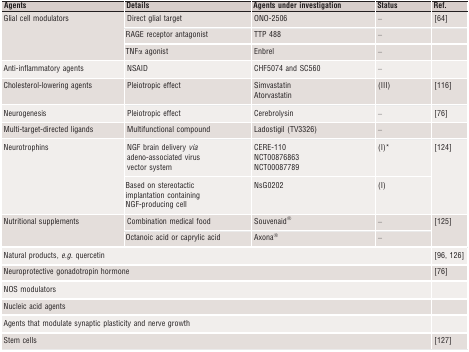
<table><thead><tr><td><b>Agents</b></td><td><b>Details</b></td><td><b>Agents under investigation</b></td><td><b>Status</b></td><td><b>Ref.</b></td></tr></thead><tbody><tr><td rowspan="3">Glial cell modulators</td><td>Direct glial target</td><td>ONO‐2506</td><td>–</td><td>64</td></tr><tr><td>RAGE receptor antagonist</td><td>TTP 488</td><td>–</td><td></td></tr><tr><td>TNFα agonist</td><td>Enbrel</td><td>–</td><td></td></tr><tr><td>Anti‐inflammatory agents</td><td>NSAID</td><td>CHF5074 and SC560</td><td>–</td><td></td></tr><tr><td>Cholesterol‐lowering agents</td><td>Pleiotropic effect</td><td>SimvastatinAtorvastatin</td><td>(III)</td><td>116</td></tr><tr><td>Neurogenesis</td><td>Pleiotropic effect</td><td>Cerebrolysin</td><td>–</td><td>76</td></tr><tr><td>Multi‐target‐directed ligands</td><td>Multifunctional compound</td><td>Ladostigil (TV3326)</td><td>–</td><td></td></tr><tr><td rowspan="2">Neurotrophins</td><td>NGF brain delivery <i>via</i> adeno‐associated virus vector system</td><td>CERE‐110NCT00876863NCT00087789</td><td>(I)a</td><td rowspan="2">124</td></tr><tr><td>Based on stereotactic implantation containing NGF‐producing cell</td><td>NsG0202</td><td>(I)</td></tr><tr><td rowspan="2">Nutritional supplements</td><td>Combination medical food</td><td>Souvenaid<sup>®</sup></td><td>–</td><td rowspan="2">125</td></tr><tr><td>Octanoic acid or caprylic acid</td><td>Axona<sup>®</sup></td><td>–</td></tr><tr><td colspan="4">Natural products, <i>e.g</i>. quercetin</td><td>96, 126</td></tr><tr><td colspan="4">Neuroprotective gonadotropin hormone</td><td>76</td></tr><tr><td colspan="4">NOS modulators</td><td></td></tr><tr><td colspan="4">Nucleic acid agents</td><td></td></tr><tr><td colspan="4">Agents that modulate synaptic plasticity and nerve growth</td><td></td></tr><tr><td colspan="4">Stem cells</td><td>127</td></tr></tbody></table>